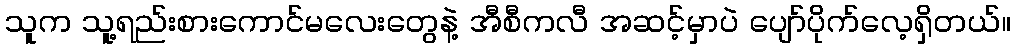
သူက သူ့ရည်းစားကောင်မလေးတွေနဲ့ အီစီကလီ အဆင့်မှာပဲ ပျော်ပိုက်လေ့ရှိတယ်။